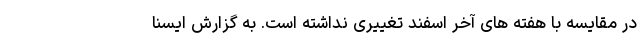
در مقایسه با هفته های آخر اسفند تغییری نداشته است. به گزارش ایسنا